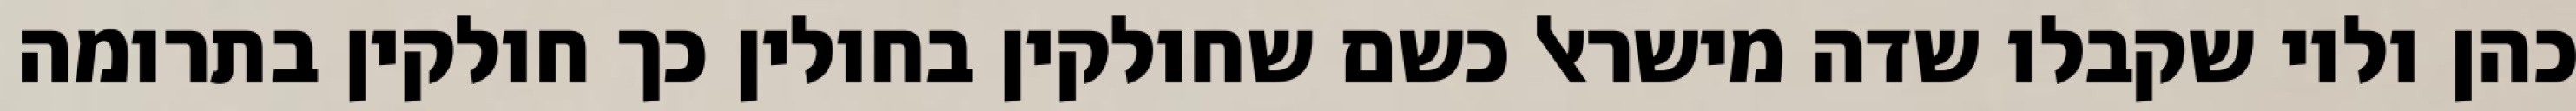
כהן ולוי שקבלו שדה מישראל כשם שחולקין בחולין כך חולקין בתרומה